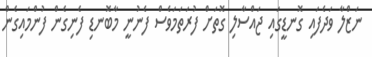
ނަޒްލާ ވަދެފައި ގޮނޑީގައި ޖައްސާލި ގޮތަށް ފުރަތަމަވެސް ފެނުނީ މާބޮނޑި ފެނިގެން ފުންމައިގެން